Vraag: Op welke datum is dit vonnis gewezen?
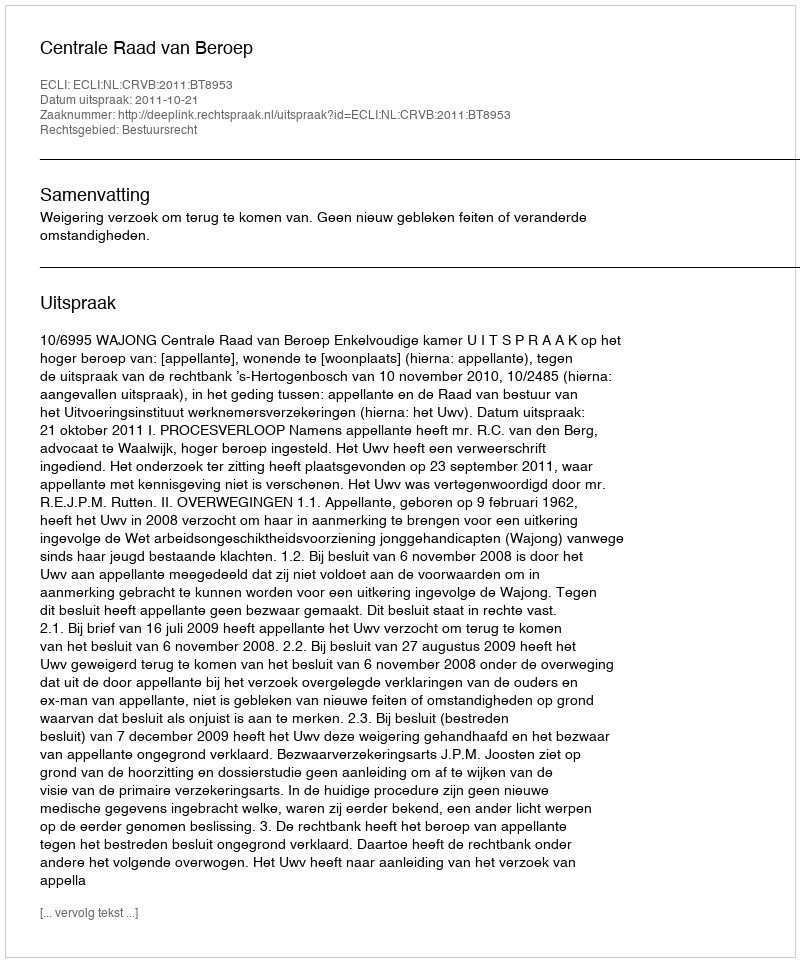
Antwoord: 2011-10-21